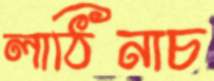
লাঠিনাচ